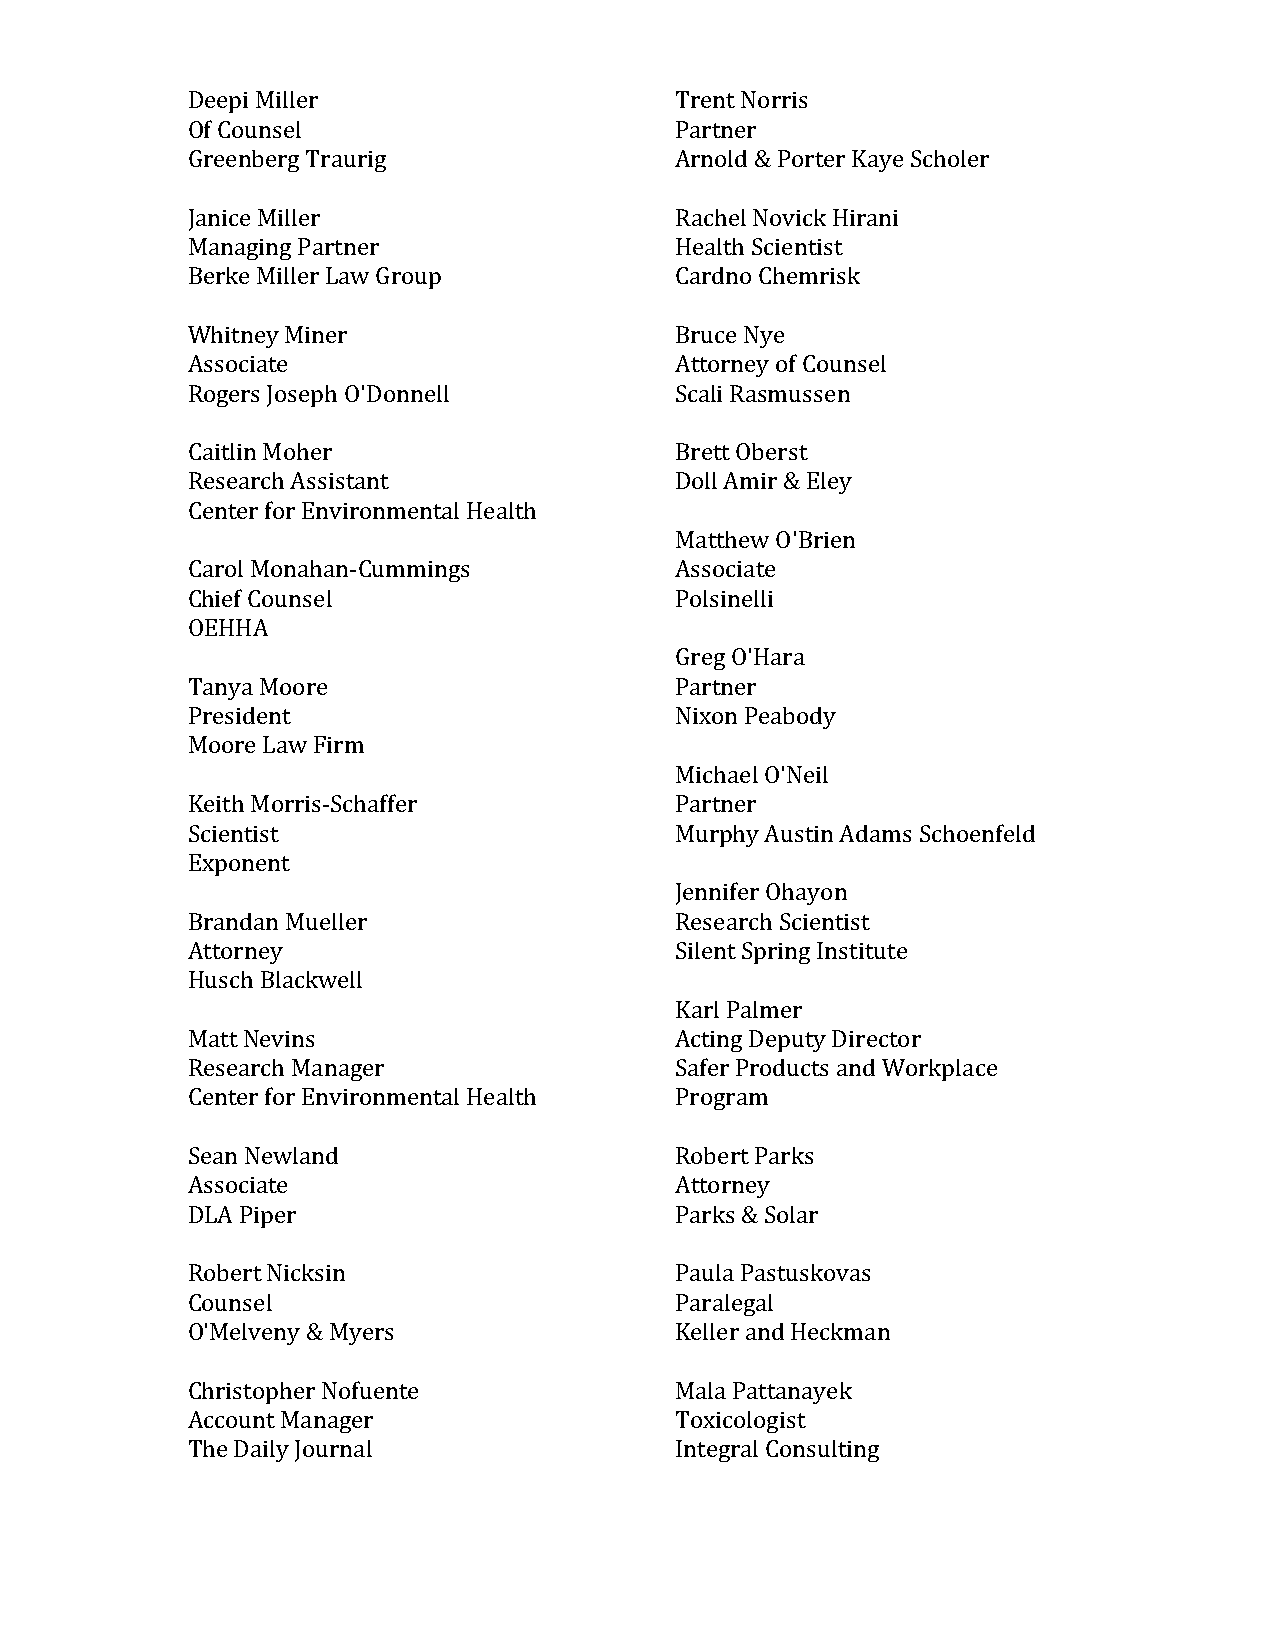
Deepi Miller                     Trent Norris
 Of Counsel                       Partner
 Greenberg Traurig                Arnold & Porter Kaye Scholer
 Janice Miller                    Rachel Novick Hirani
 Managing Partner                 Health Scientist
 Berke Miller Law Group           Cardno Chemrisk
 Whitney Miner                    Bruce Nye
 Associate                        Attorney of Counsel
 Rogers Joseph O'Donnell          Scali Rasmussen
 Caitlin Moher                    Brett Oberst
 Research Assistant               Doll Amir & Eley
 Center for Environmental Health
 Matthew O'Brien
 Carol Monahan-Cummings           Associate
 Chief Counsel                    Polsinelli
 OEHHA
 Greg O'Hara
 Tanya Moore                      Partner
 President                        Nixon Peabody
 Moore Law Firm
 Michael O'Neil
 Keith Morris-Schaffer            Partner
 Scientist                        Murphy Austin Adams Schoenfeld
 Exponent
 Jennifer Ohayon
 Brandan Mueller                  Research Scientist
 Attorney                         Silent Spring Institute
 Husch Blackwell
 Karl Palmer
 Matt Nevins                      Acting Deputy Director
 Research Manager                 Safer Products and Workplace
 Center for Environmental Health  Program
 Sean Newland                     Robert Parks
 Associate                        Attorney
 DLA Piper                        Parks & Solar
 Robert Nicksin                   Paula Pastuskovas
 Counsel                          Paralegal
 O'Melveny & Myers                Keller and Heckman
 Christopher Nofuente             Mala Pattanayek
 Account Manager                  Toxicologist
 The Daily Journal                Integral Consulting